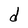
Character: d